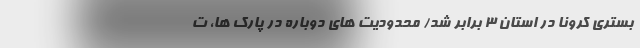
بستری کرونا در استان ۳ برابر شد/ محدودیت های دوباره در پارک ها، ت